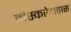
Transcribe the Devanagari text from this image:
मैस्करेनहास